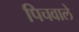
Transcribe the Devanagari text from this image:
पिचवाले